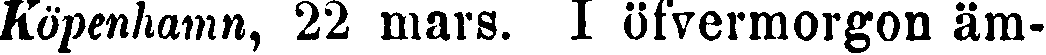
Köpenhamn, 22 mars. I öfvermorgon äm-